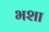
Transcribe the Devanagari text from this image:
भशा